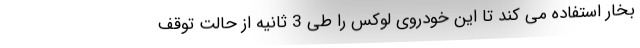
بخار استفاده می کند تا این خودروی لوکس را طی 3 ثانیه از حالت توقف